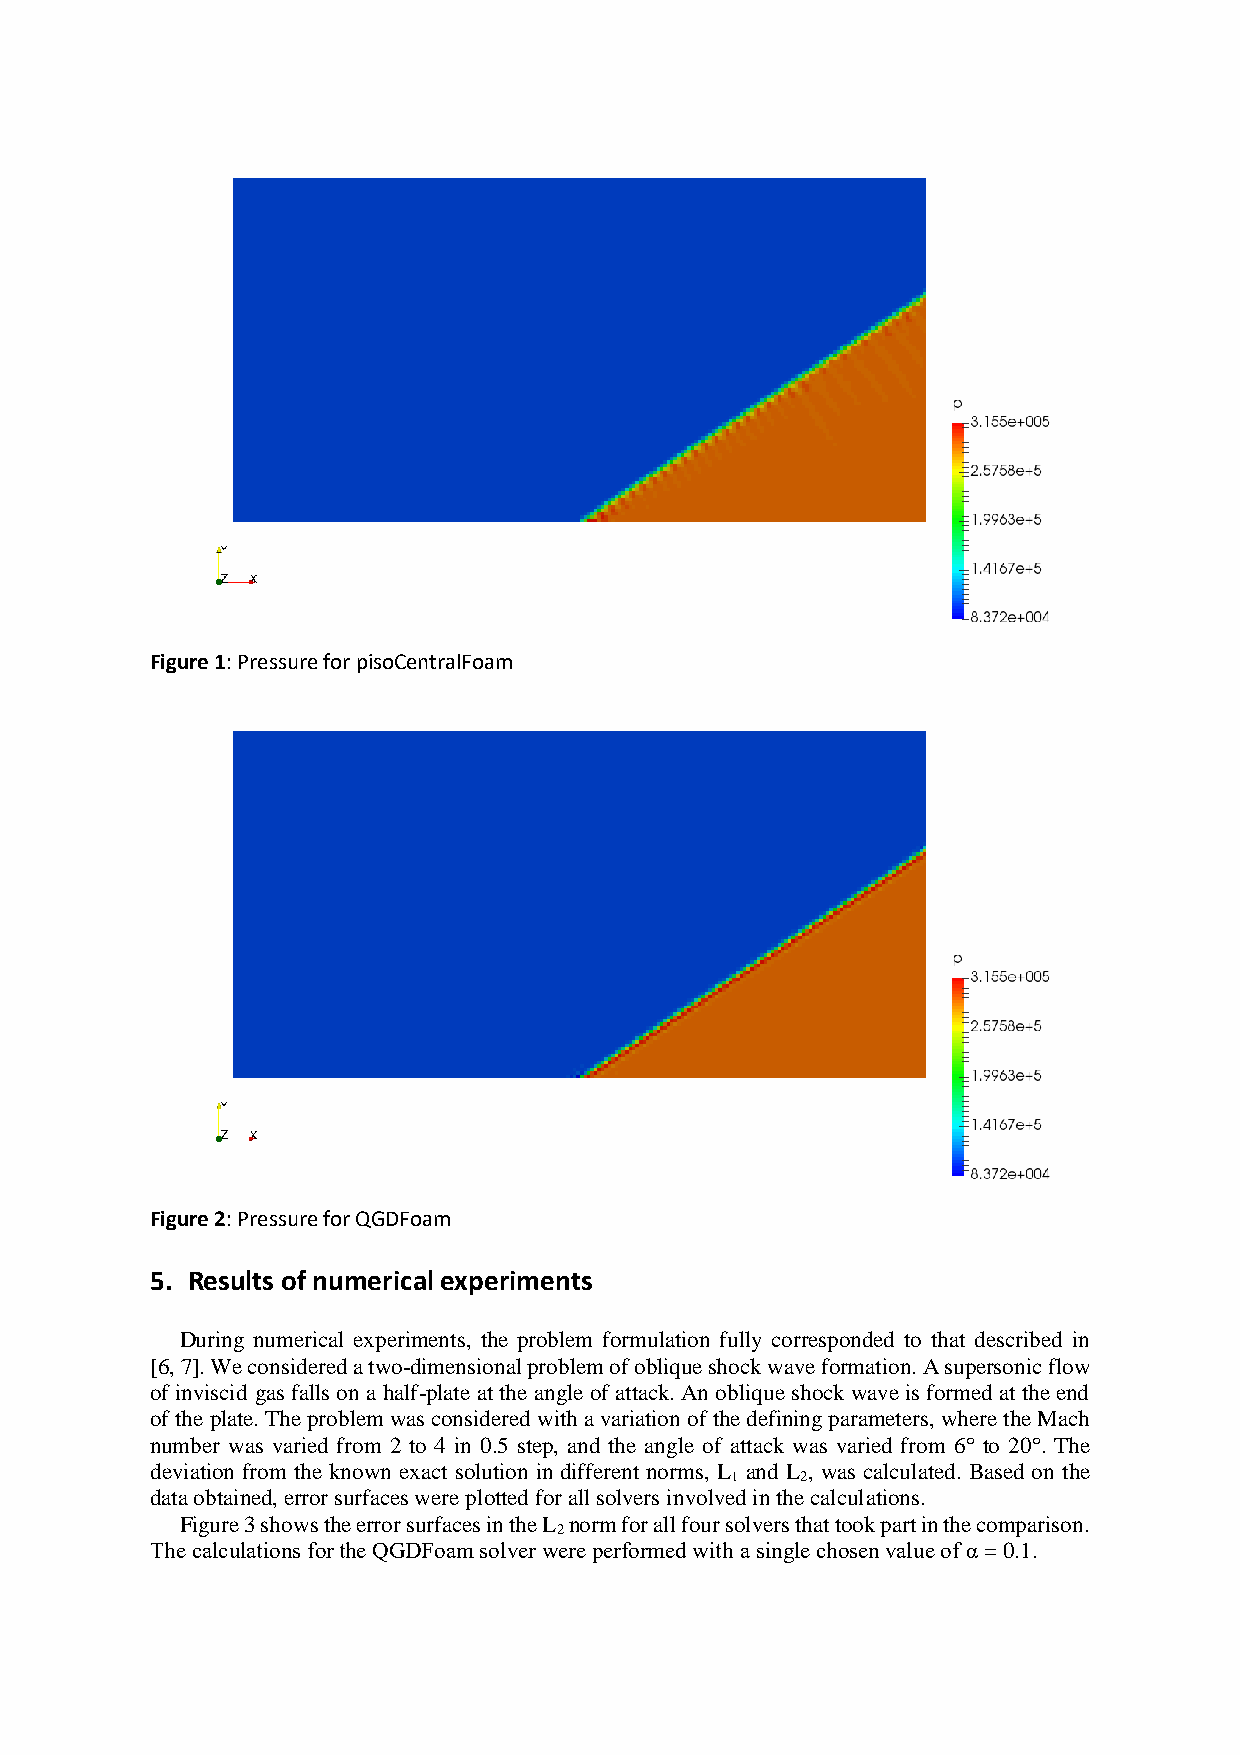
Figure 1: Pressure for pisoCentralFoam
 Figure 2: Pressure for QGDFoam
 5. Results of numerical experiments
 During numerical experiments, the problem formulation fully corresponded to that described in
 [6, 7]. We considered a two-dimensional problem of oblique shock wave formation. A supersonic flow
 of inviscid gas falls on a half-plate at the angle of attack. An oblique shock wave is formed at the end
 of the plate. The problem was considered with a variation of the defining parameters, where the Mach
 number was varied from 2 to 4 in 0.5 step, and the angle of attack was varied from 6° to 20°. The
 deviation from the known exact solution in different norms, L and L , was calculated. Based on the
 1    2
 data obtained, error surfaces were plotted for all solvers involved in the calculations.
 Figure 3 shows the error surfaces in the L norm for all four solvers that took part in the comparison.
 2
 The calculations for the QGDFoam solver were performed with a single chosen value of α = 0.1.